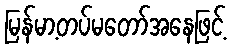
မြန်မာ့တပ်မတော်အနေဖြင့်